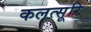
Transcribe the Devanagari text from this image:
कलत्सूरि